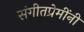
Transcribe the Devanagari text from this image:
संगीतप्रेमींनी